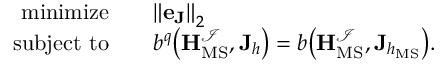
\begin{array} { r } { \begin{array} { r l } { \mathrm { m i n i m i z e } \quad } & { { \| \mathbf { e } _ { \mathbf { J } } \| } _ { 2 } } \\ { \mathrm { s u b j e c t ~ t o } \quad } & { b ^ { q } \big ( \mathbf { H } _ { \mathrm { M S } } ^ { \mathcal { I } } , \mathbf { J } _ { h } \big ) = b \big ( \mathbf { H } _ { \mathrm { M S } } ^ { \mathcal { I } } , \mathbf { J } _ { h _ { \mathrm { M S } } } \big ) . } \end{array} } \end{array}